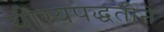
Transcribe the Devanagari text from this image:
योग्यपद्धतीने